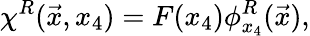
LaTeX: \chi^{R}(\vec{x},x_{4})=F(x_{4})\phi_{x_{4}}^{R}(\vec{x}),